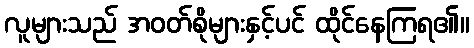
လူများသည် အဝတ်စိုများနှင့်ပင် ထိုင်နေကြရ၏။